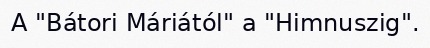
A "Bátori Máriától" a "Himnuszig".